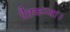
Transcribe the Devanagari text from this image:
दैतकन्या।